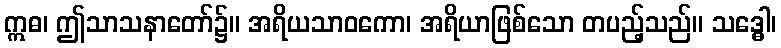
ဣဓ၊ ဤသာသနာတော်၌။ အရိယသာဝကော၊ အရိယာဖြစ်သော တပည့်သည်။ သဒ္ဓေါ၊